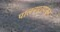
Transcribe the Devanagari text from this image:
पालनपूरपासून